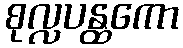
စုလ္လပန္ထကော